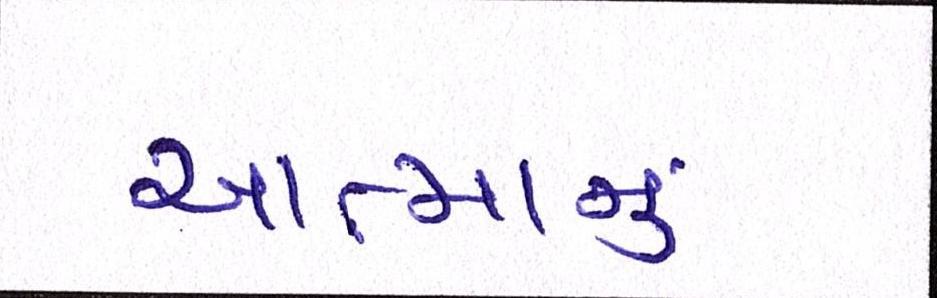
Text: આત્માનું